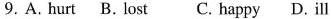
9. A. Hurt B. Lost C. Happy D. ill